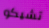
تشيكو